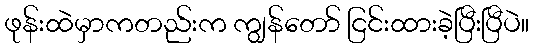
ဖုန်းထဲမှာကတည်းက ကျွန်တော် ငြင်းထားခဲ့ပြီးပြီပဲ။